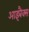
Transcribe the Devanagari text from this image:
आइबैक्स